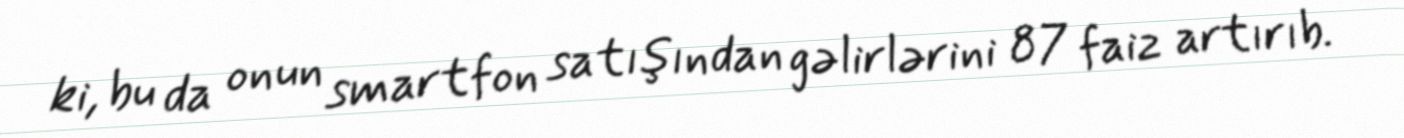
ki, bu da onun smartfon satışından gəlirlərini 87 faiz artırıb.